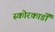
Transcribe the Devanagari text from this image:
स्कोरकार्डों